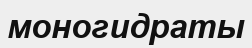
моногидраты